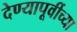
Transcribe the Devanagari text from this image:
देण्यापूर्वीच्या